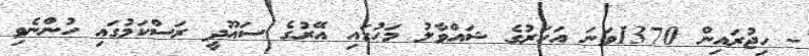
- ހިޖުރައިން 1370ވަނަ އަހަރުގެ ޝައްވާލު މަހުގައި އޭރުގެ ސައޫދީ ރަސްކަމުގައި ހުންނެވި